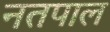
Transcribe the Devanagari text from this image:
नतपाल